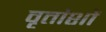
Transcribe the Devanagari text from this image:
वृतांशों